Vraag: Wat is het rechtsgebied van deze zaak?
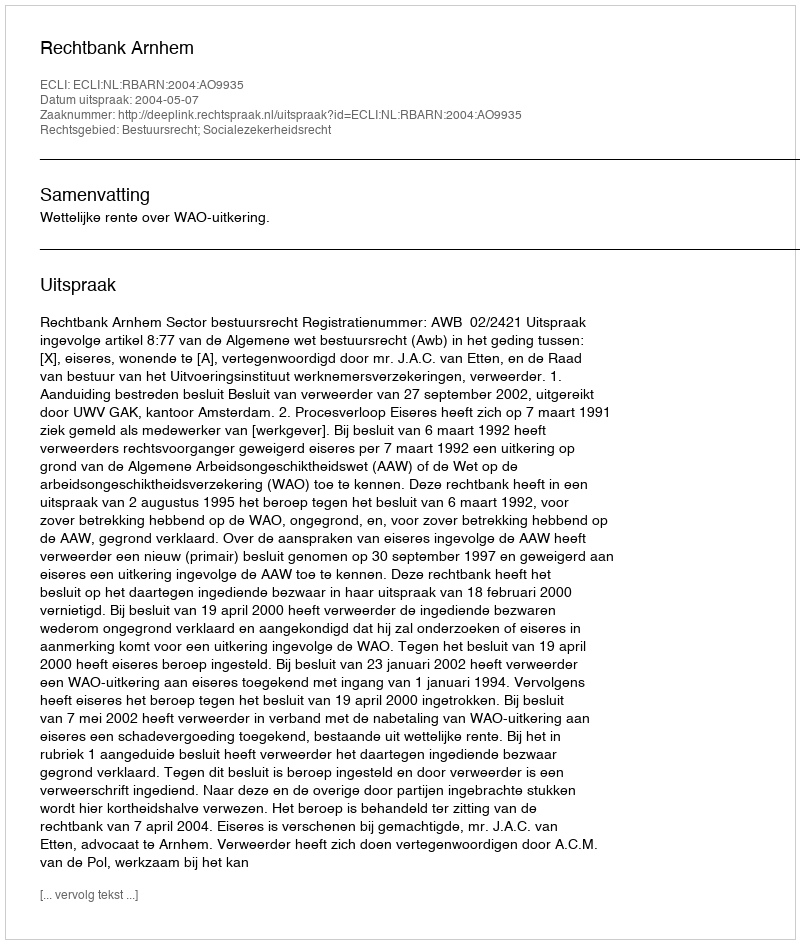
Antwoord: Bestuursrecht; Socialezekerheidsrecht